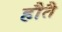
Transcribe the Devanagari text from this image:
हौतै